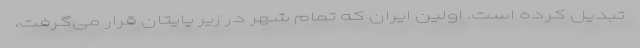
تبدیل کرده است. اولین ایران که تمام شهر در زیر پایتان قرار می‌گرفت،